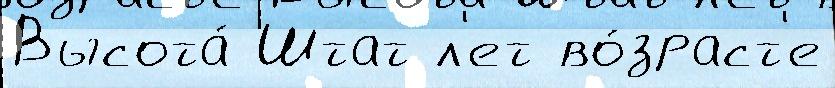
Высота́ Штат л'ет во́зраст'е